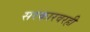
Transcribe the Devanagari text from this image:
सरकारवरही